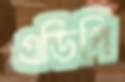
এডিপি